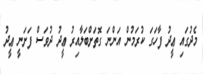
މެދުގައި ޢީދު ފާހަގަ ކުރަމުން އަންނަ ގޮތަށްބަލާއިރު ޢީދު ދުވަސް ފަށަނީ ޢީދު